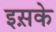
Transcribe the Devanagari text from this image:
इस़के